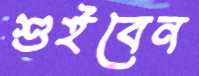
শুইবেন